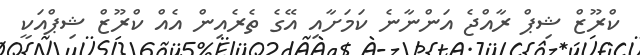
ކްރޫޒް ޝިޕް ރާއްޖެ އަންނާނެ ކަމަށާއި އޭގެ ތެރެއިން އެއް ކްރޫޒް ޝިޕްއަކީ